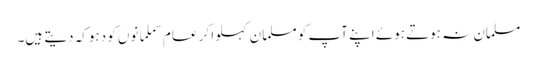
مسلمان نہ ہوتے ہوئے اپنے آپ کو مسلمان کہلوا کر عام سملمانوں کو دہوکہ دیتے ہیں۔